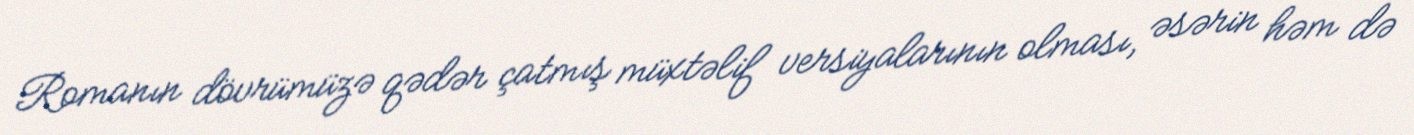
Romanın dövrümüzə qədər çatmış müxtəlif versiyalarının olması, əsərin həm də